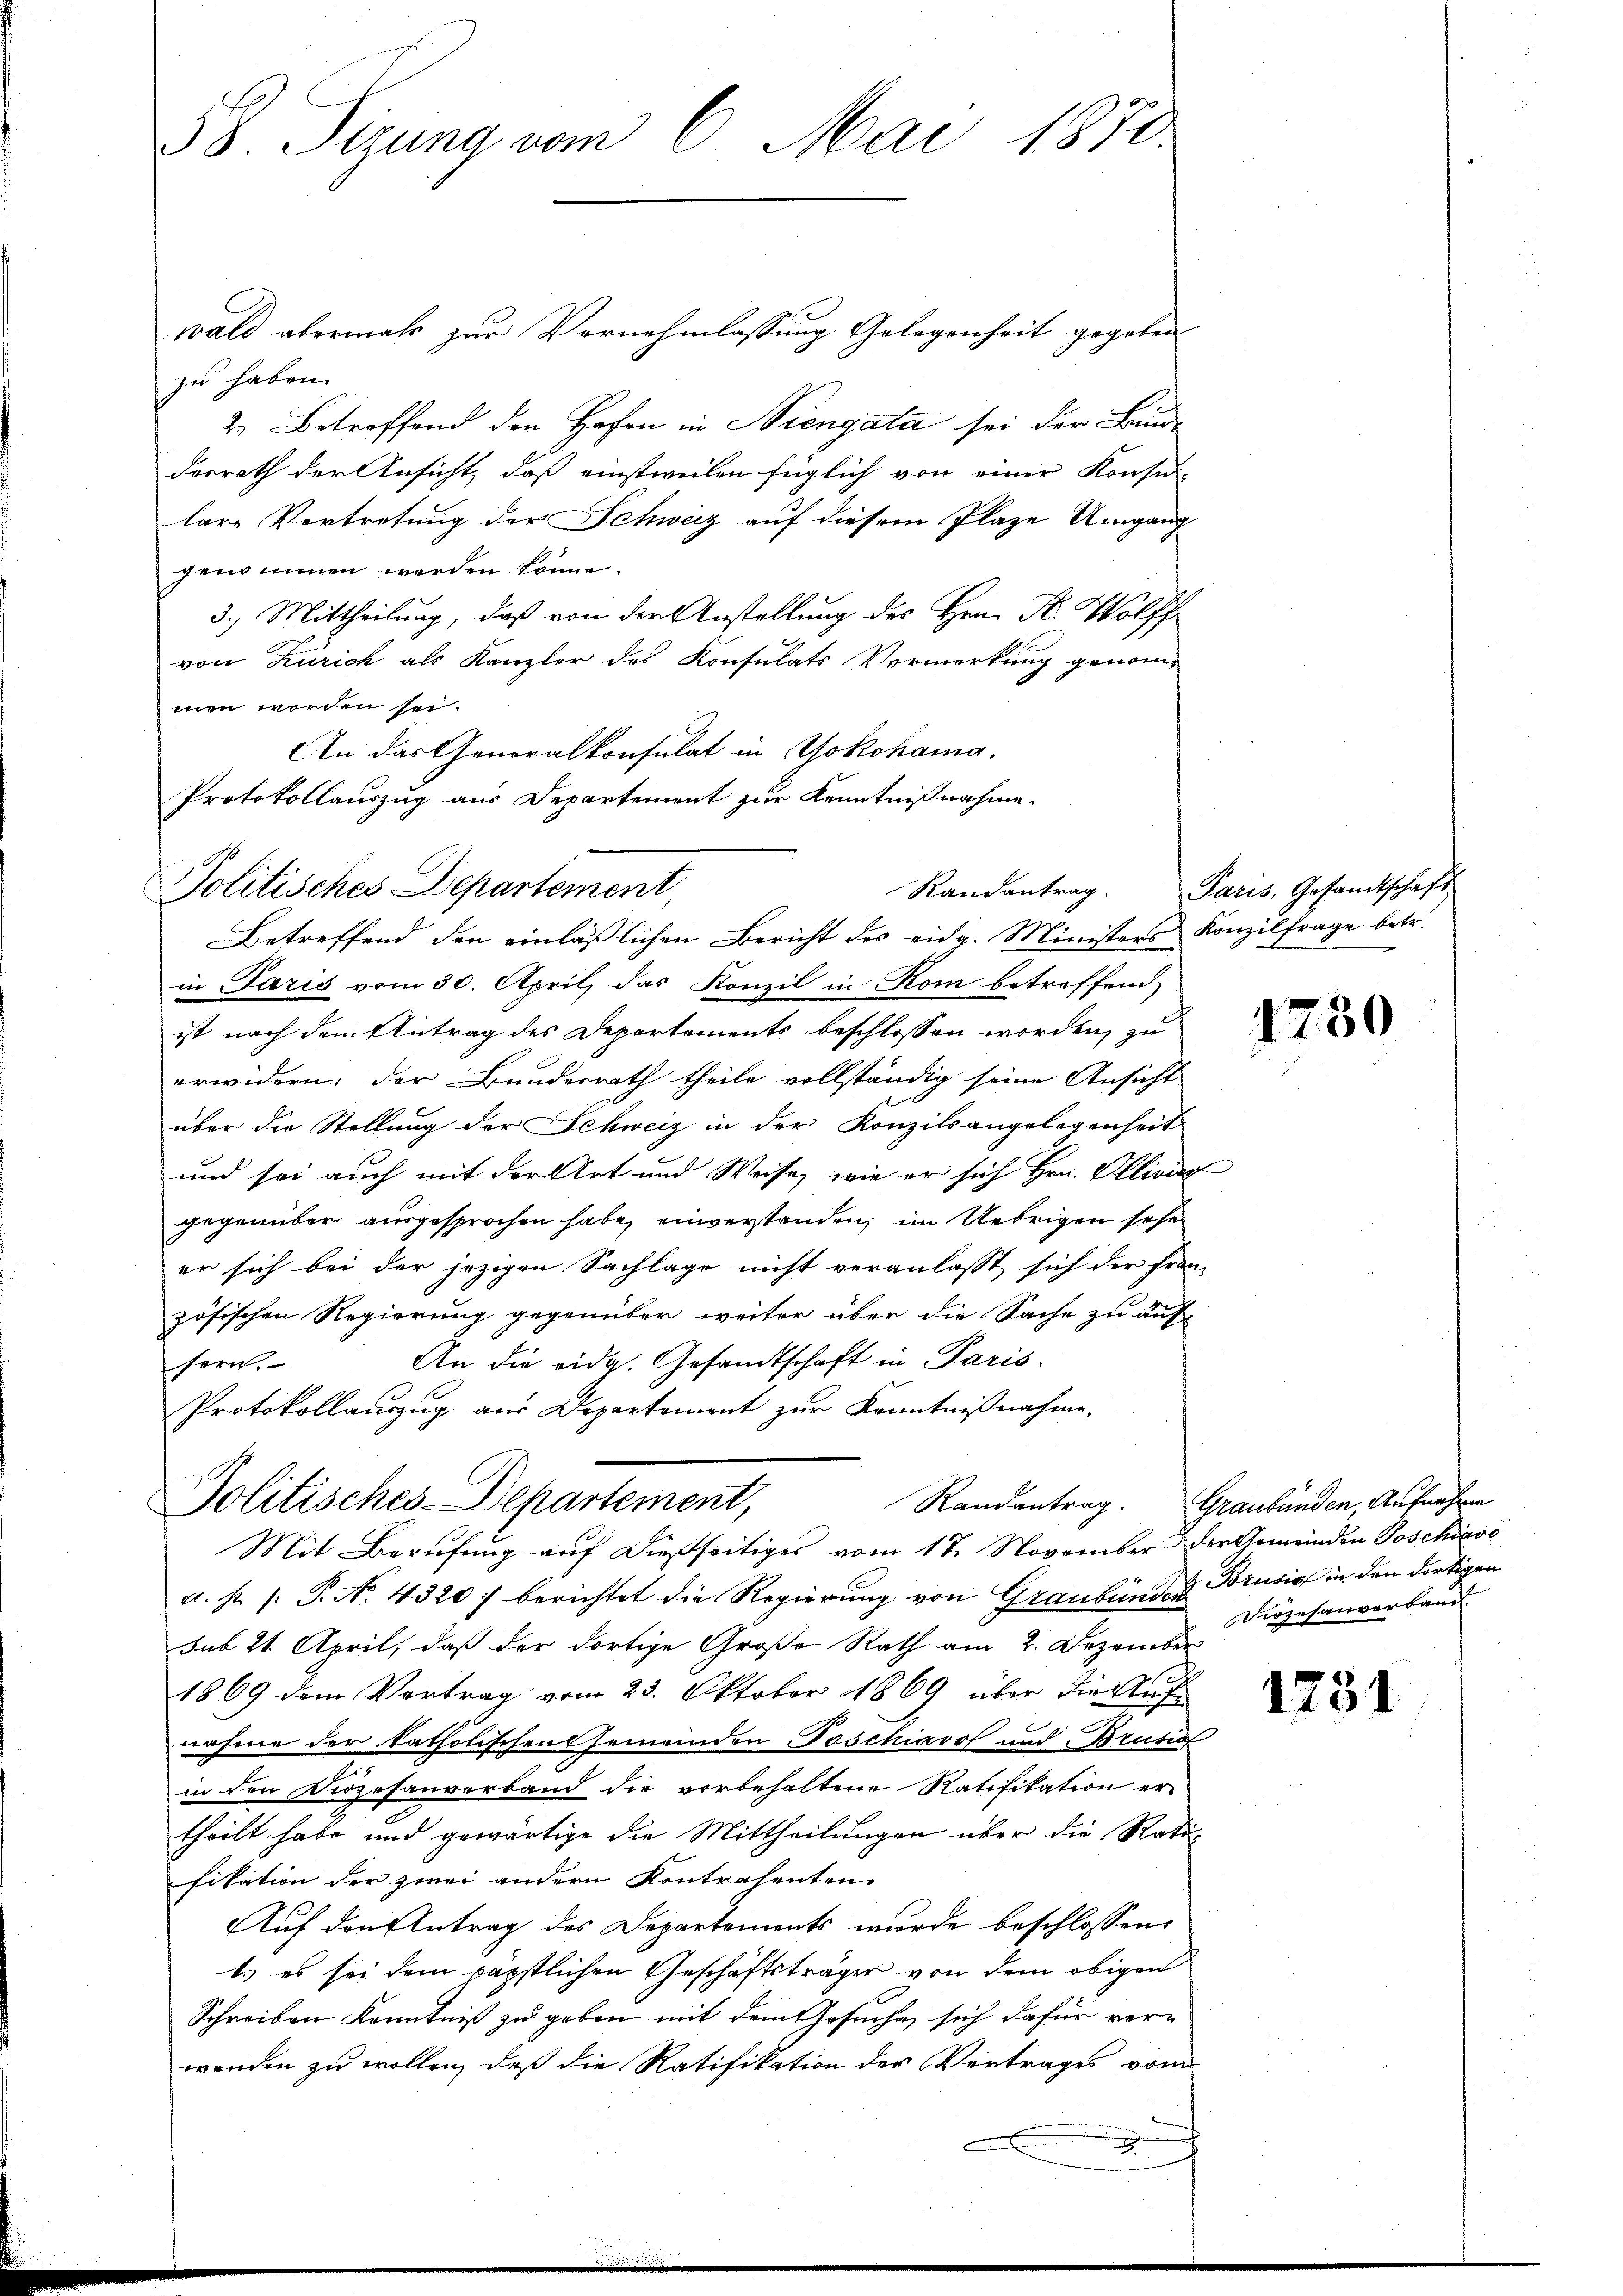
38 Sizung vom 6. Mai 1870.

wald abermals zur Vernehmlassung Gelegenheit gegeben
zu haben.
2. Betreffend den Hofen in Siengata sei der Brundesrath der Ansicht, daß einstweilen füglich von einer Konse-
lare Vertretung der Schweiz auf diesem Plaze Umgang
gensinnen werden könne.
3.) Mittheilung, daß von der Anstellung des Hrn. F. Wolff
von Zürich als Kanzler des Konsulats Vormerkung genommen worden sei.
An das Generalkonsulat in Yokohama.
Protokollauszug aus Departement zur Kenntnißnahme.

Politisches Departement,
Betreffend den einlässlichen Bericht des eidg. Ministers Konzilfrage betr.

in Paris vom 30. April, das Konzil in Kom betreffend,
ist nach dem Antrag des Departements beschlossen worden, zu
erwidern: der Bundesrath theile vollständig seine Ansicht
über die Stellung der Schweiz in der Konzilsangelegenheit
und sei auch mit der Art und Weise, wie er sich Hrn. Elliving
gegenüber ausgesprochen habe, einverstanden, im Uebrigen sehe
er sich bei der jezigen Sachlage nicht veranlasst, sich der Französischen Regierung gegenüber weiter über die Sache zu auf-
An die eidg. Gesandtschaft in Paris.
sern.
Protokollauszug aus Departemont zur Kenntnißnahme,
a. pr. /: P. No. 4320) berichtet die Regierung von Graubünden Brusio in den dortigen
sub 21. April, daß der dortige Große Rath am 2. Dezember
1869 dem Vortrag vom 23. Oktober 1869 über die Aufnahme der katholischen Gemeinden Poschiavo und Brusia
in den Diözesanverband die vorbehaltene Ratifikation er-
theilt habe und gewärtige die Mittheilungen über die Ratifikation der zwei andern Kontrahenten
Auf den Antrag des Departements wurde beschlossen:
1.) es sei dem päpstlichen Geschäftsträger von dem obigen
Schreiben Kenntniß zu geben mit dem Gesuche, sich dafür verwenden zu wollen, daß die Ratifikation der Vertrages vom

Politisches Departement,
Mit Berufung auf dießseitiges vom 17. November der Gemeinden Josekiese

Randantrag. Graubünden, Aufnahme

Randantrag. Paris, Gesandtschaft

1730

Diözesanverband

1731